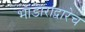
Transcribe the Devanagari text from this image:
भांडाराद्वारेच